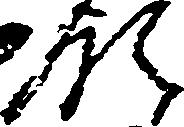
領